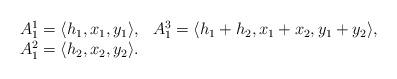
LaTeX: \begin{align*} \begin{array}{llllllllll}A^1_1 = \langle h_1, x_1, y_1 \rangle, & A^3_1 = \langle h_1+h_2, x_1+x_2, y_1+ y_2 \rangle,\\A^2_1 = \langle h_2, x_2, y_2 \rangle. \end{array} \end{align*}